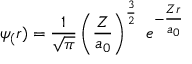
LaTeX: \psi _ { ( } r ) = { \frac { 1 } { \sqrt { \pi } } } \left( { \frac { Z } { a _ { 0 } } } \right) ^ { \frac { 3 } { 2 } } \ e ^ { - { \textstyle { \frac { Z r } { a _ { 0 } } } } }